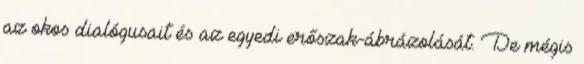
az okos dialógusait és az egyedi erőszak-ábrázolását. De mégis